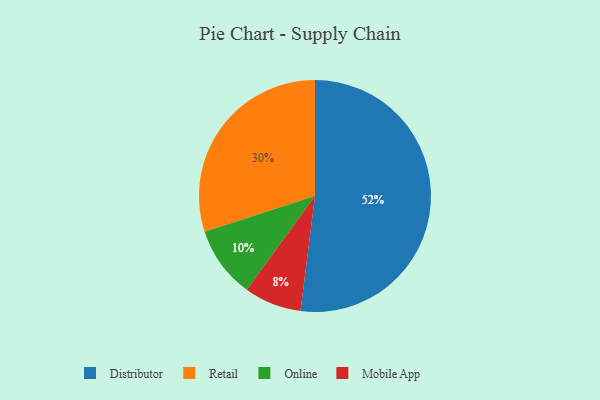
{"axis": {"x": "Category", "y": "Percentage"}, "legend": ["Distributor", "Mobile App", "Online", "Retail"], "data": [{"x": "Mobile App", "y": 8, "type": "Mobile App"}, {"x": "Retail", "y": 30, "type": "Retail"}, {"x": "Distributor", "y": 52, "type": "Distributor"}, {"x": "Online", "y": 10, "type": "Online"}]}